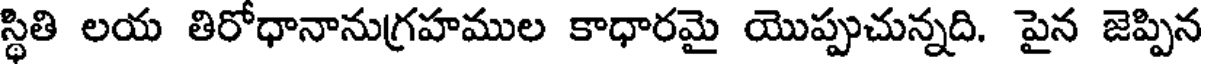
స్థితి లయ తిరోధానానుగ్రహముల కాధారమై యొప్పుచున్నది. పైన జెప్పిన